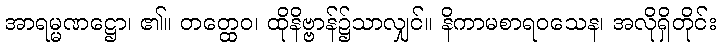
အာရမ္မဏဋ္ဌော၊ ၏။ တတ္ထေဝ၊ ထိုနိဗ္ဗာန်၌သာလျှင်။ နိကာမစာရဝသေန၊ အလိုရှိတိုင်း